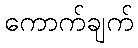
ကောက်ချက်